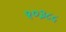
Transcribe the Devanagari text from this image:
१०३८५